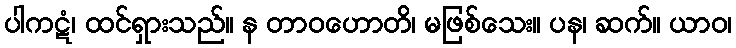
ပါကဋံ၊ ထင်ရှားသည်။ န တာဝဟောတိ၊ မဖြစ်သေး။ ပန၊ ဆက်။ ယာဝ၊